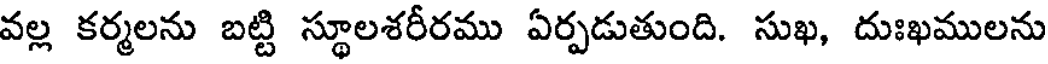
వల్ల కర్మలను బట్టి స్థూలశరీరము ఏర్పడుతుంది. సుఖ, దుఃఖములను